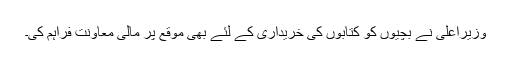
وزیراعلیٰ نے بچیوں کو کتابوں کی خریداری کے لئے بھی موقع پر مالی معاونت فراہم کی۔